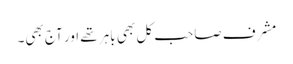
مشرف صاحب کل بھی باہر تھے اور آج بھی۔